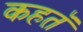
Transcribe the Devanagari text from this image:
कहतॅ